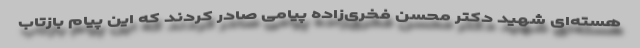
هسته‌ای شهید دکتر محسن فخری‌زاده پیامی صادر کردند که این پیام بازتاب